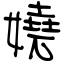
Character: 嬈